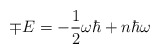
\begin{align*}\mp E=-\frac{1}{2}\omega\hbar + n\hbar\omega\end{align*}